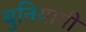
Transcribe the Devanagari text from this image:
बुनियागी